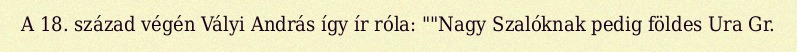
A 18. század végén Vályi András így ír róla: ""Nagy Szalóknak pedig földes Ura Gr.